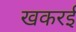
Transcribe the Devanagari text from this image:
खकरई